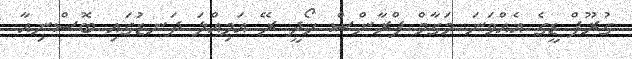
ގުރޫޕް ޑީގެ އެއްވަނަ މަގާމް ފްރާންސް ހޯދީ ރޭ އަމިއްލަ ދަނޑުގައި ބޮސްނިއާ